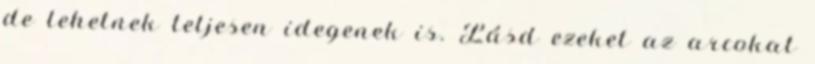
de lehetnek teljesen idegenek is. Lásd ezeket az arcokat